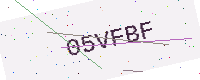
Text: 05VFBF